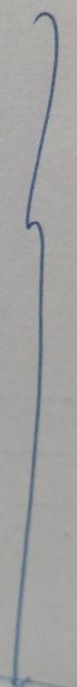
}